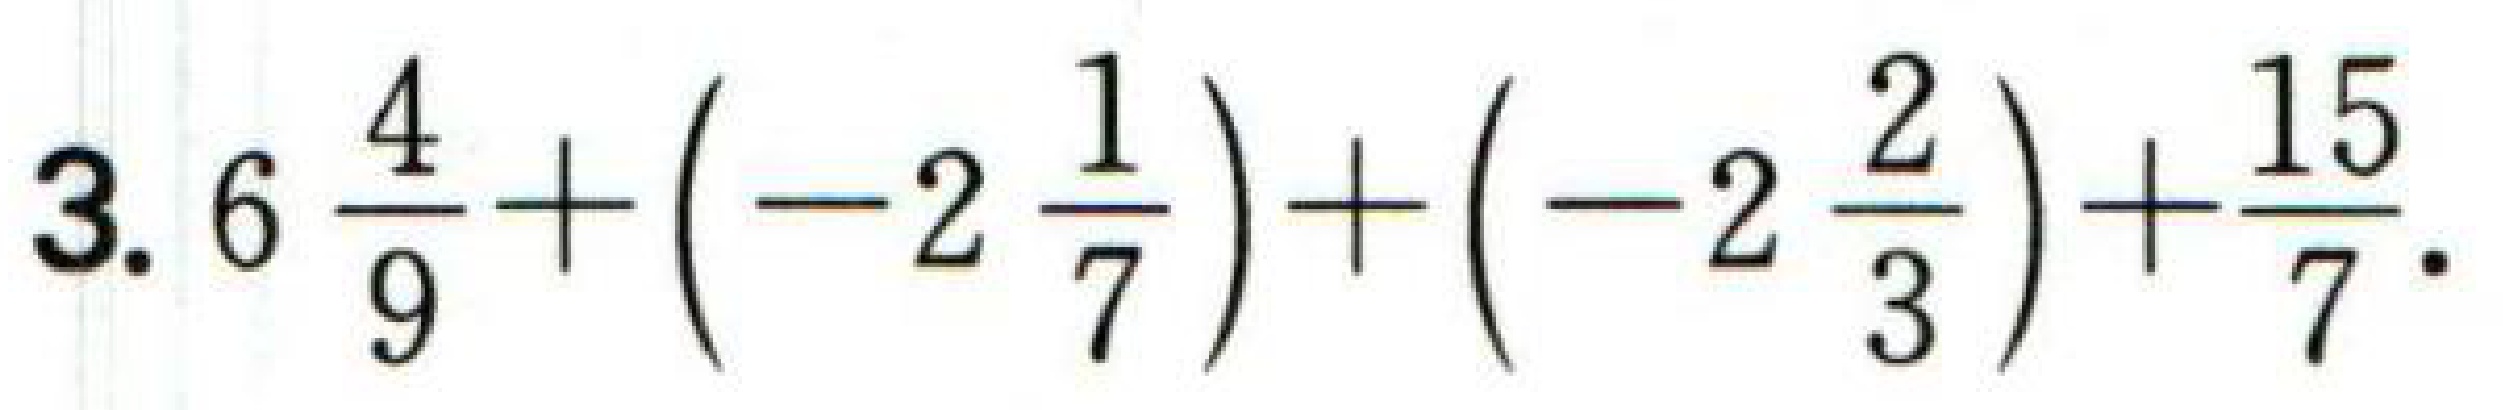
3. \(6\frac{4}{9}+(-2\frac{1}{7})+(-2\frac{2}{3})+\frac{15}{7}\).